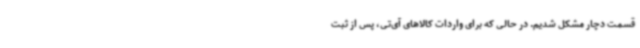
قسمت دچار مشکل شدیم. در حالی که برای واردات کالاهای آی‌تی، پس از ثبت